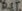
Text: RST